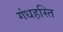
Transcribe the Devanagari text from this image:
गंधहस्ति